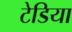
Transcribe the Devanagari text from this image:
टेडिया